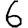
Digit: 6